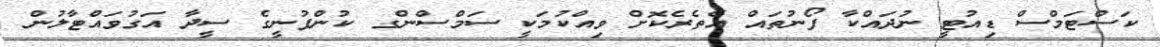
ކަސްޓަމްސް ޑިއުޓީ ނުދައްކާ ފޯނުތައް އެތެރެކޮށް ވިއްކުމަކީ ސަމްސްންގ ކުންފުނީގެ ސީދާ އަގުވައްޓާލުން